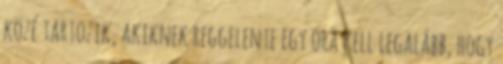
közé tartozik, akiknek reggelente egy óra kell legalább, hogy